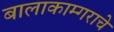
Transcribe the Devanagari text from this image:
बालाकाम्गराचे